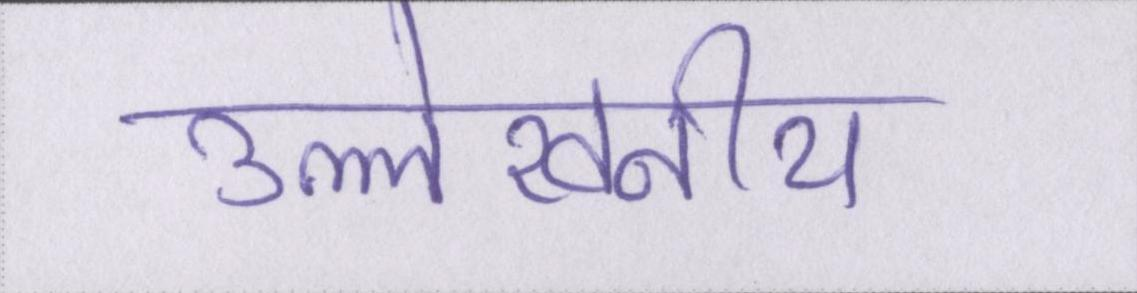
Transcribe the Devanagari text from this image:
उल्लेखनीय